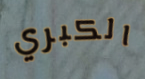
الكبري